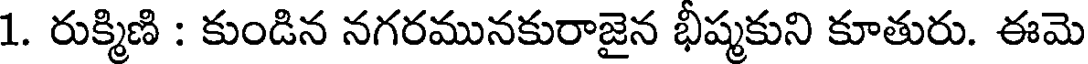
1. రుక్మిణి : కుండిన నగరమునకురాజైన భీష్మకుని కూతురు. ఈమె